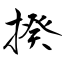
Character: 揆